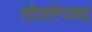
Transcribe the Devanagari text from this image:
तोतरेपणा